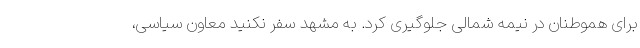
برای هموطنان در نیمه شمالی جلوگیری کرد. به مشهد سفر نکنید معاون سیاسی،